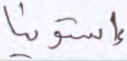
إستونيا